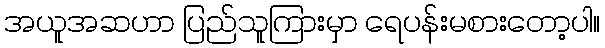
အယူအဆဟာ ပြည်သူကြားမှာ ရေပန်းမစားတော့ပါ။